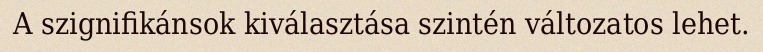
A szignifikánsok kiválasztása szintén változatos lehet.